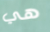
هي